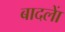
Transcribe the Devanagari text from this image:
बादलाें